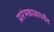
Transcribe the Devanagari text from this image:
प्रारंभकाळापर्यंत